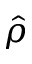
\hat { \rho }